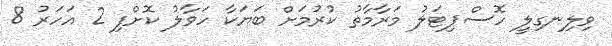
ވިލިނގިލީ ހޮސްޕިޓަލު މަރާމާތު ކުރުމަށް ބަޔަކާ ހަވާލު ކޮށްފި 2 އަހަރު 8